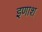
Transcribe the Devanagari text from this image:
इणाश